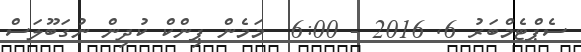
ސެޕްޓެމްބަރު 6